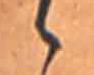
ゝ